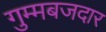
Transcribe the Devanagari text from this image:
गुम्मबजदार